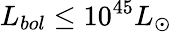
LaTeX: L_{bol}\leq 10^{45}L_{\odot}